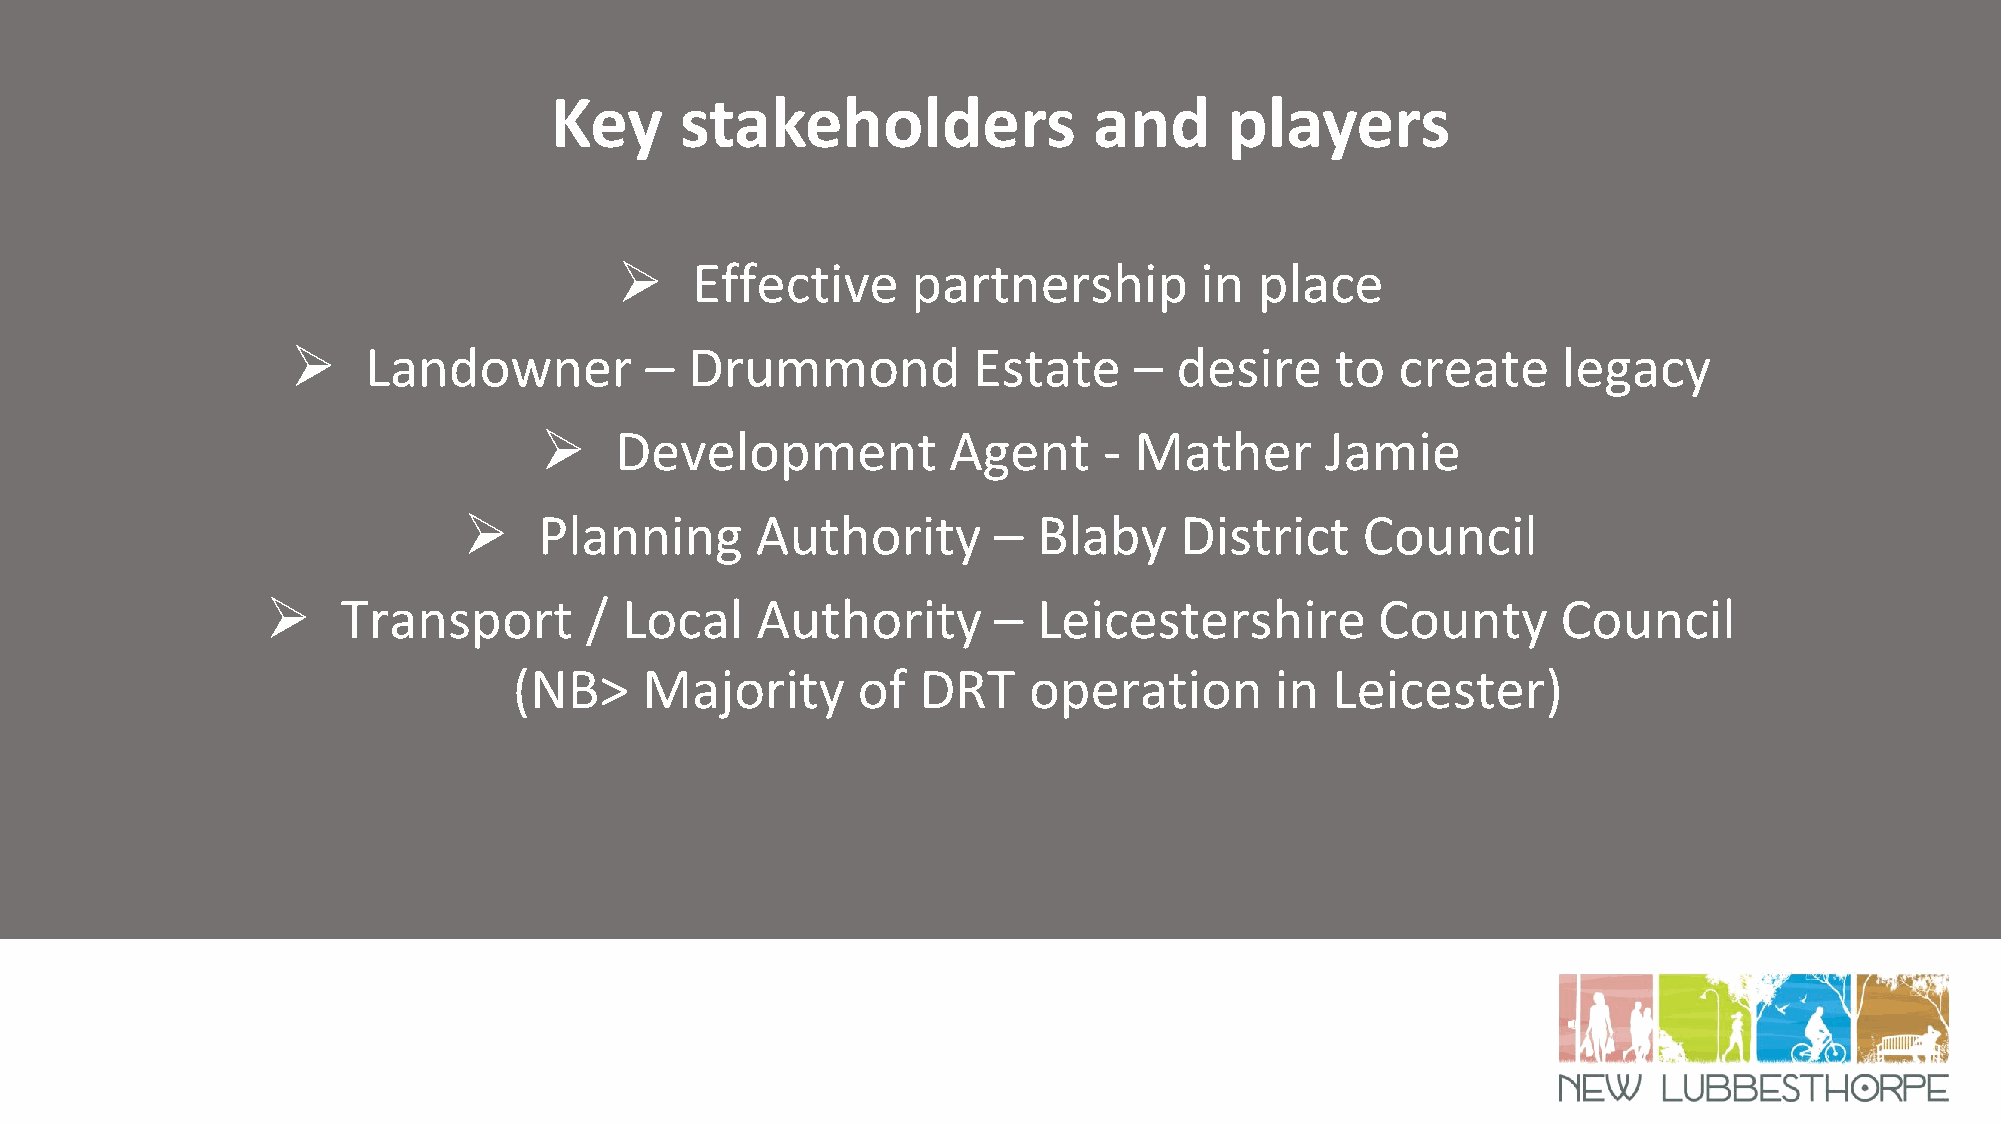
Key      stakeholders               and      players
 ➢    Effective     partnership        in  place
 ➢    Landowner          –  Drummond          Estate     –  desire    to   create    legacy
 ➢    Development           Agent     - Mather       Jamie
 ➢    Planning      Authority       –  Blaby    District    Council
 ➢    Transport       / Local    Authority       –  Leicestershire        County      Council
 (NB>     Majority      of  DRT    operation       in  Leicester)